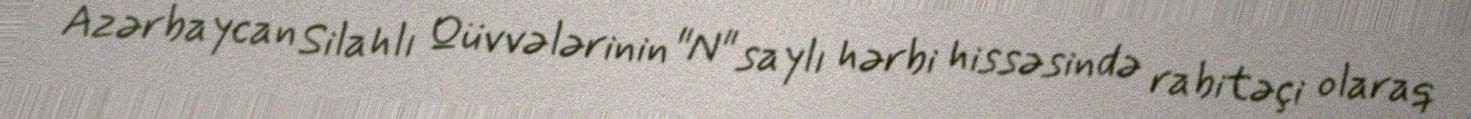
Azərbaycan Silahlı Qüvvələrinin "N" saylı hərbi hissəsində rabitəçi olaraq